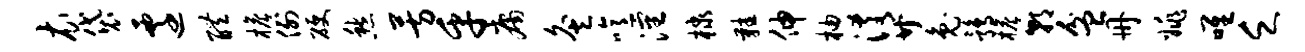
衣袋迁醴檐例硬愁芳乎庸灸噫沈棣鞋伸柚淆廿兔鹑檐朝盆册姚唯乏